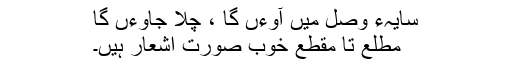
سایہء وصل میں آوءں گا ، چلا جاوءں گا
مطلع تا مقطع خوب صورت اشعار ہیں۔